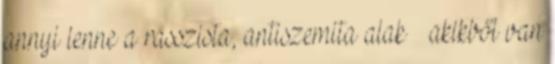
annyi lenne a rasszista, antiszemita alak – akikből van